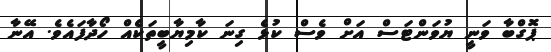
ޕޮގްބާ ވަނީ ޔުވަންޓަސް އަށް ވެސް ކުޅެ ގިނަ ކާމިޔާބީތަކެއް ހޯދާފައެވެ. އޭނާ